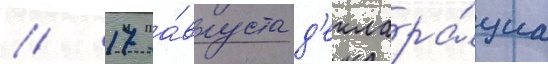
// 17 а́вгуста д'еклара́циа